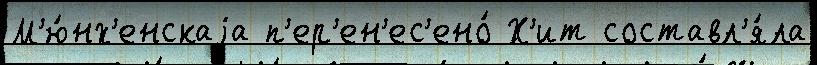
М'ю́нх'енскаjа п'ер'ен'ес'ено́ Х'ит составл'я́ла